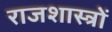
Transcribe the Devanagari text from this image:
राजशास्त्रों